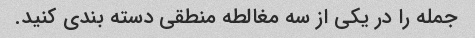
جمله را در یکی از سه مغالطه منطقی دسته بندی کنید.